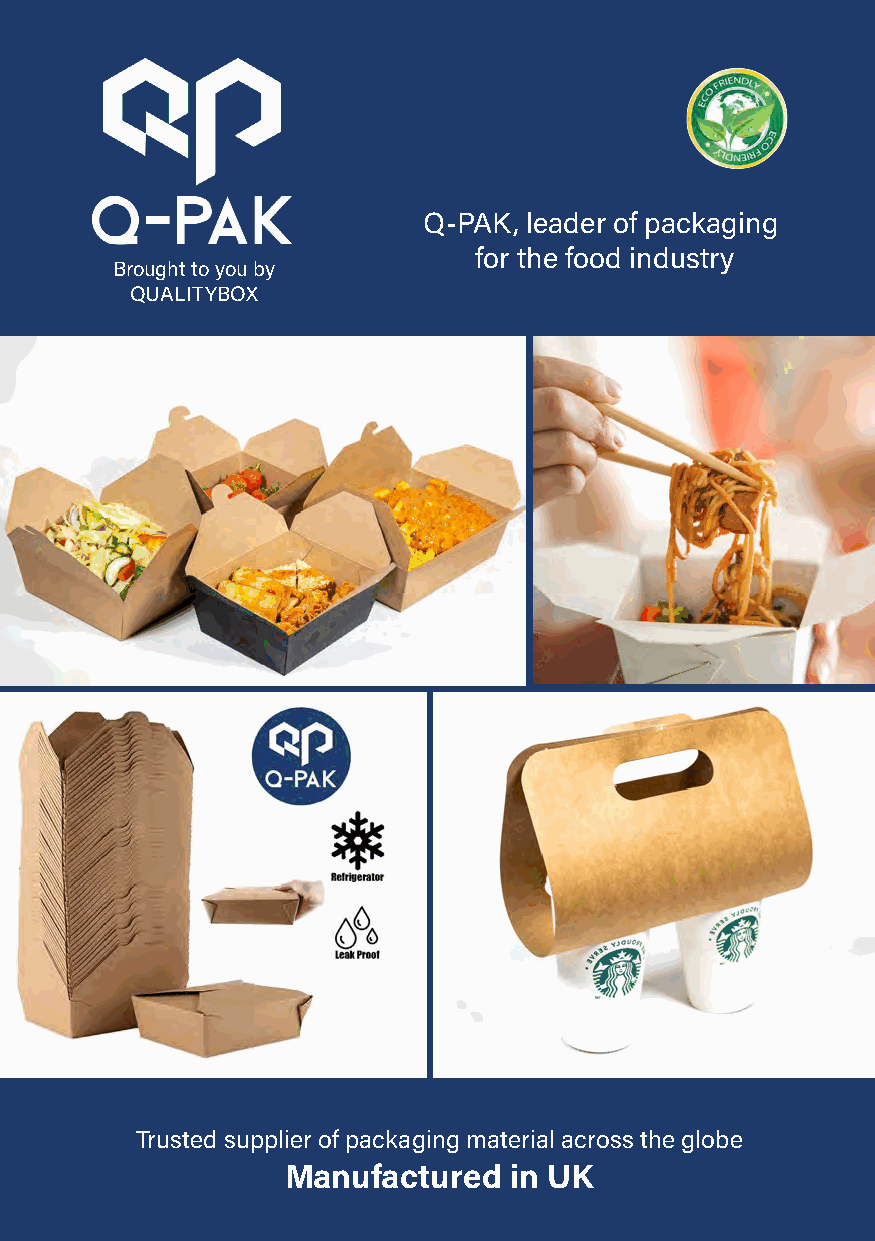
Q-PAK, leader of packaging
 for the food industry
 Brought to you by
 QUALITYBOX
 Trusted supplier of packaging material across the globe
 Manufactured   in UK